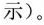
示)。